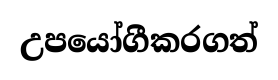
උපයෝගීකරගත්